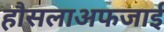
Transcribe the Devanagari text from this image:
हौसलाअफजाई